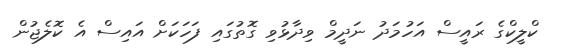
ކްލީކްގެ ރައީސް އަހުމަދު ނަދީމް ވިދާޅުވި ގޮތުގައި ފަހަކަށް އައިސް އެ ކޮލެޖުން